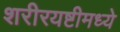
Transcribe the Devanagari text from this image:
शरीरयष्टीमध्ये